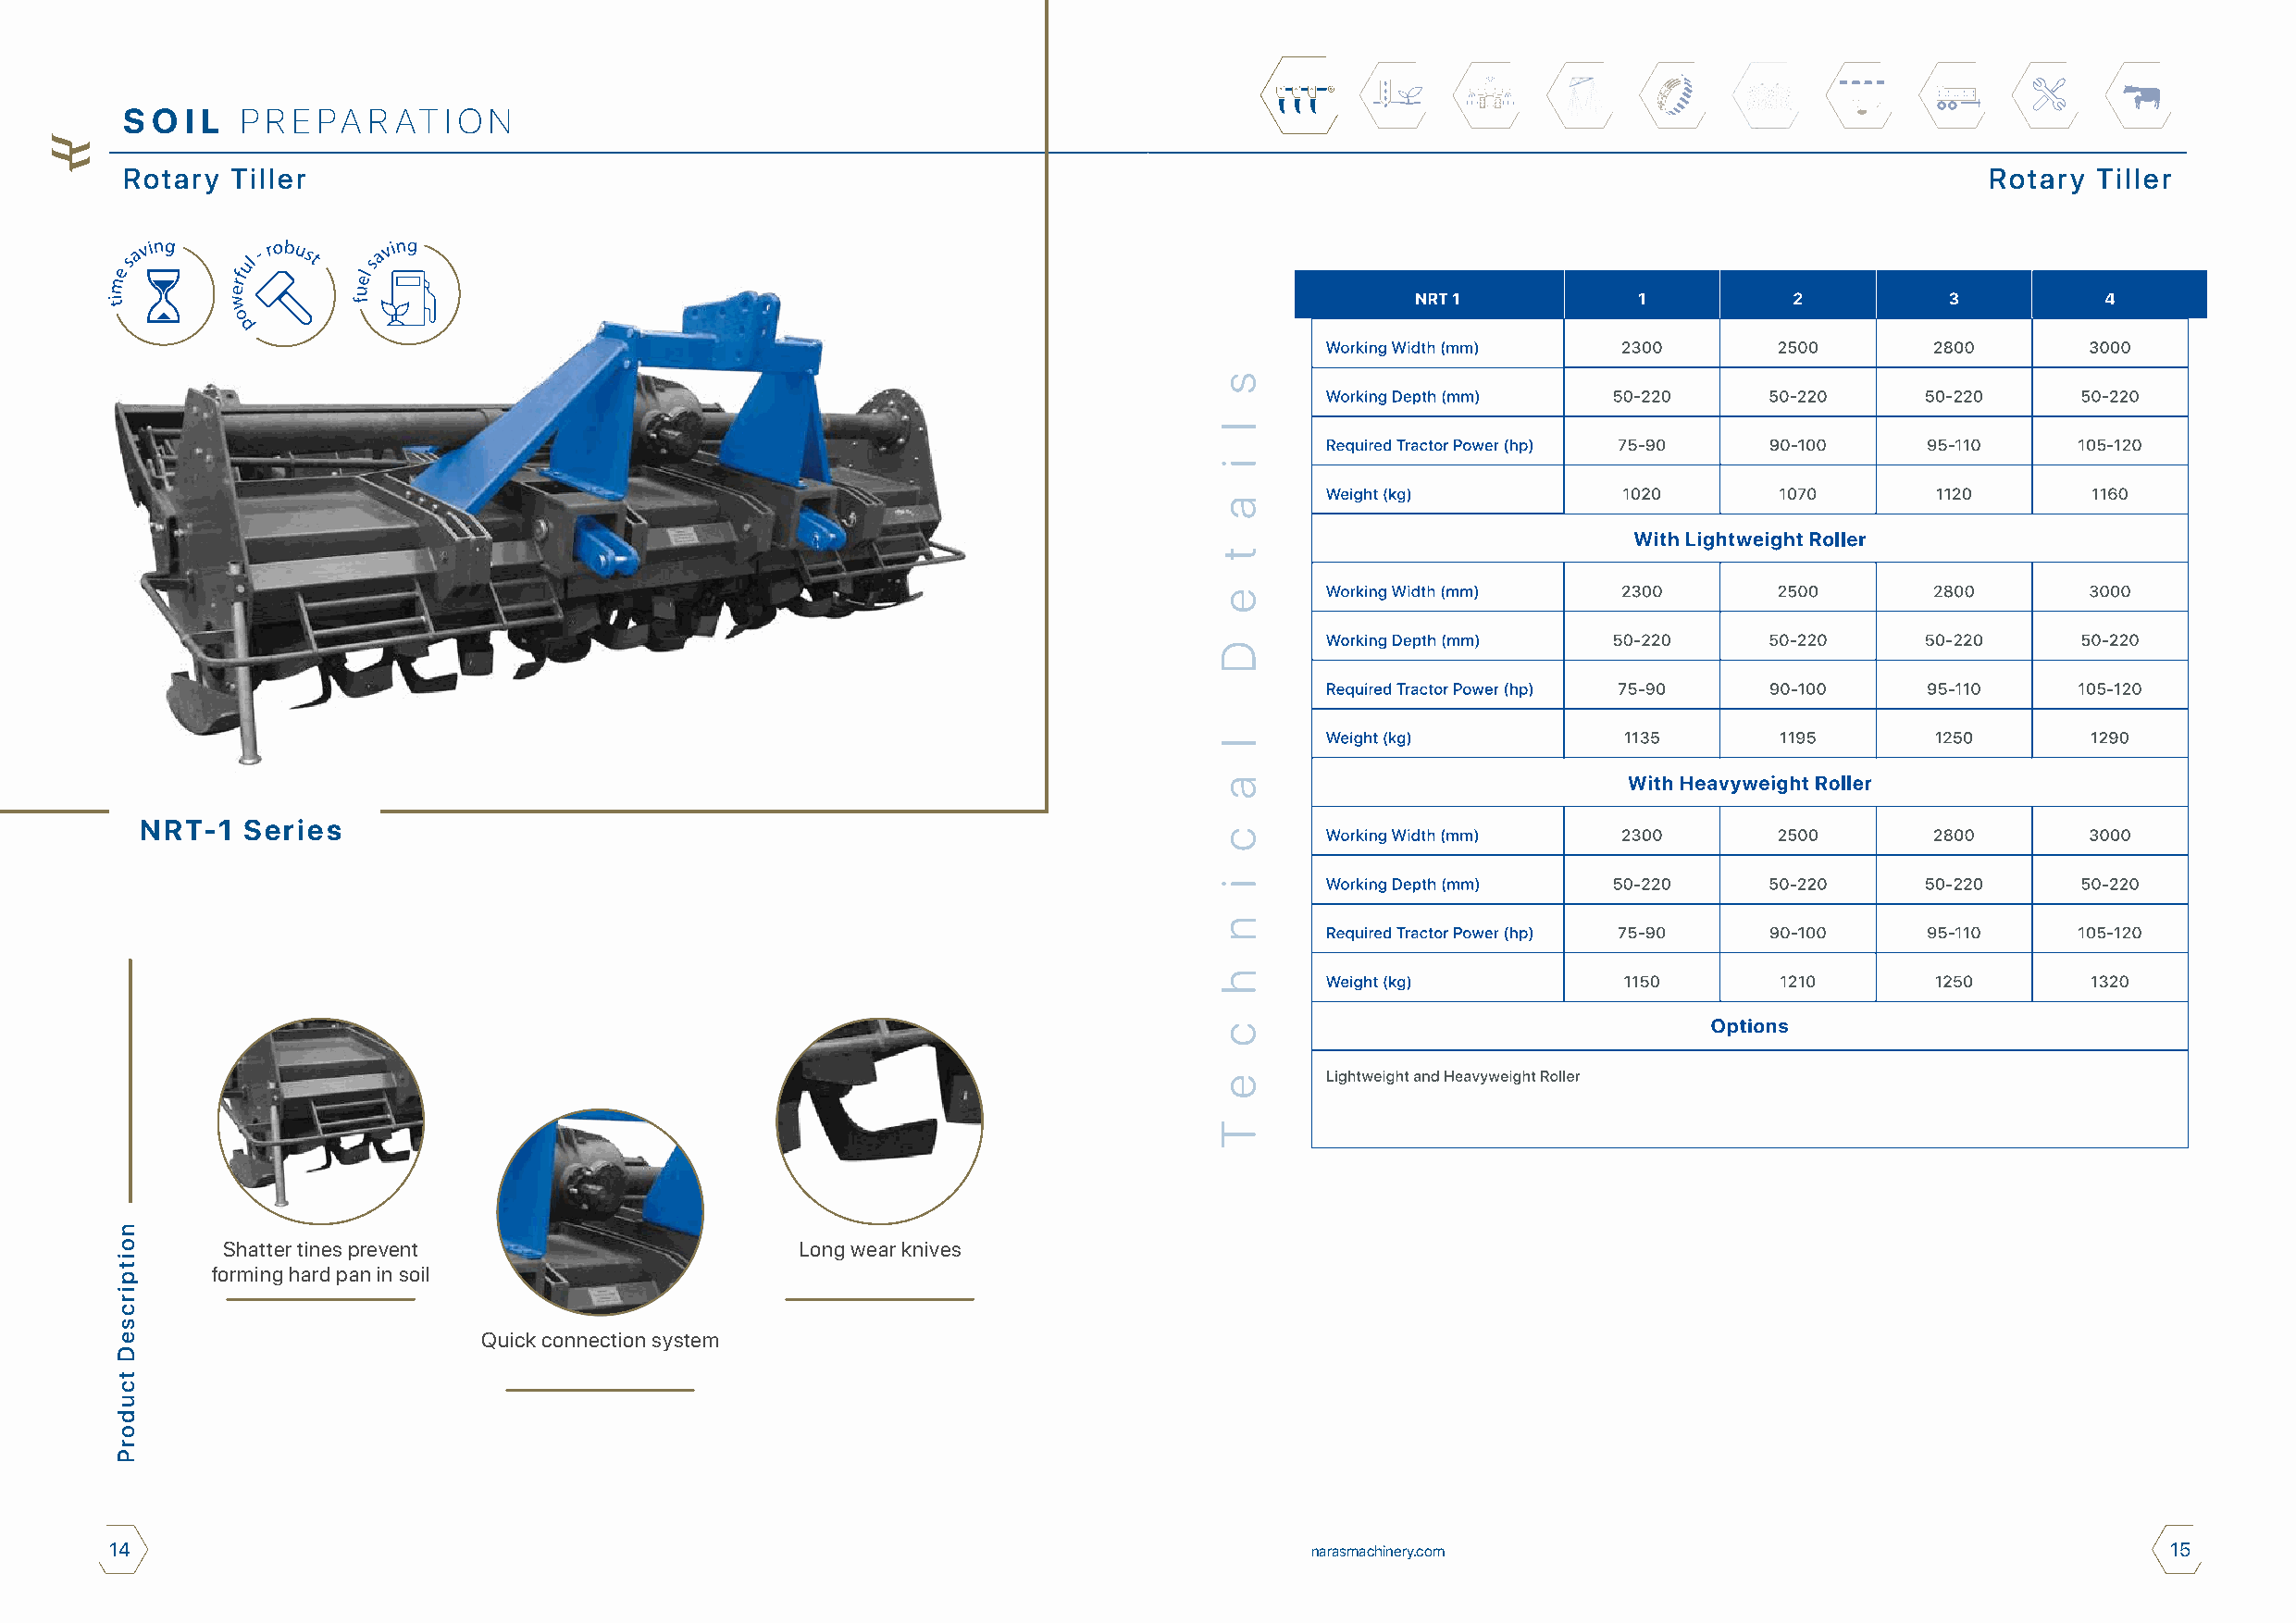
S O I L P R E PA R AT  I O N
 Rotary  Tiller                                                                                                                       Rotary  Tiller
 NRT-1  Series
 Shatter tines prevent                    Long wear knives
 forming hard pan in soil
 Quick connection system
 14                                                                                    narasmachinery.com                                           15
 noitpircseD
 tcudorP
 s
 l
 i
 a
 t
 e
 D
 l
 a
 c
 i
 n
 h
 c
 e
 T